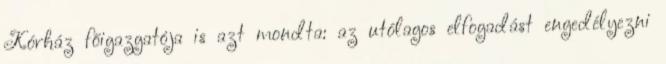
Kórház főigazgatója is azt mondta: az utólagos elfogadást engedélyezni